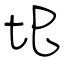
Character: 圯